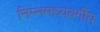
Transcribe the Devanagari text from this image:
निम्नमध्यवर्गीय